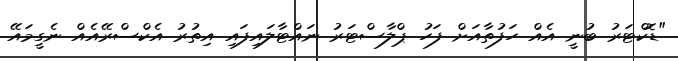
"ޑޮކްޓަރު ބުނީ އެއް ހަފުތާއަށް ފަހު ޕްލާސްޓަރު ނައްޓާލައިފައި އިތުރު އެކްސްރޭއެއް ނެގީމައޭ